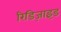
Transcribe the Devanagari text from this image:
रिडिज़ाइंड